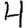
Digit: 4